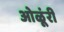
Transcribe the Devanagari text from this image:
ओळूंरी